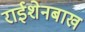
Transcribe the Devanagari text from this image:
राईशेनबाख